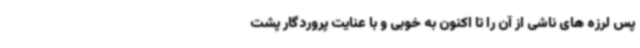
پس لرزه های ناشی از آن را تا اکنون به خوبی و با عنایت پروردگار پشت